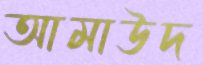
আমাউদ